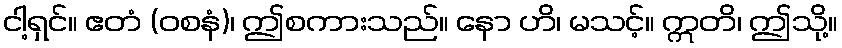
ငါ့ရှင်။ ဧတံ (ဝစနံ)၊ ဤစကားသည်။ နော ဟိ၊ မသင့်။ ဣတိ၊ ဤသို့။